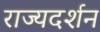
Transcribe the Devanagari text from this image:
राज्यदर्शन